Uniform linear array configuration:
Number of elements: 24
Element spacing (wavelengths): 1
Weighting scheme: uniform
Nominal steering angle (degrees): -60
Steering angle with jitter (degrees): -60.807
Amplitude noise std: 0.05
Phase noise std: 0.05

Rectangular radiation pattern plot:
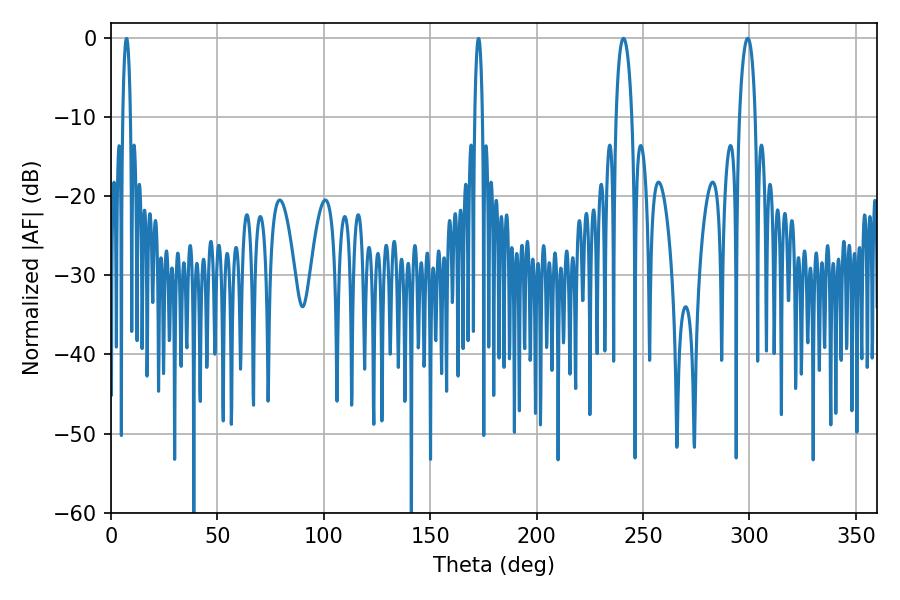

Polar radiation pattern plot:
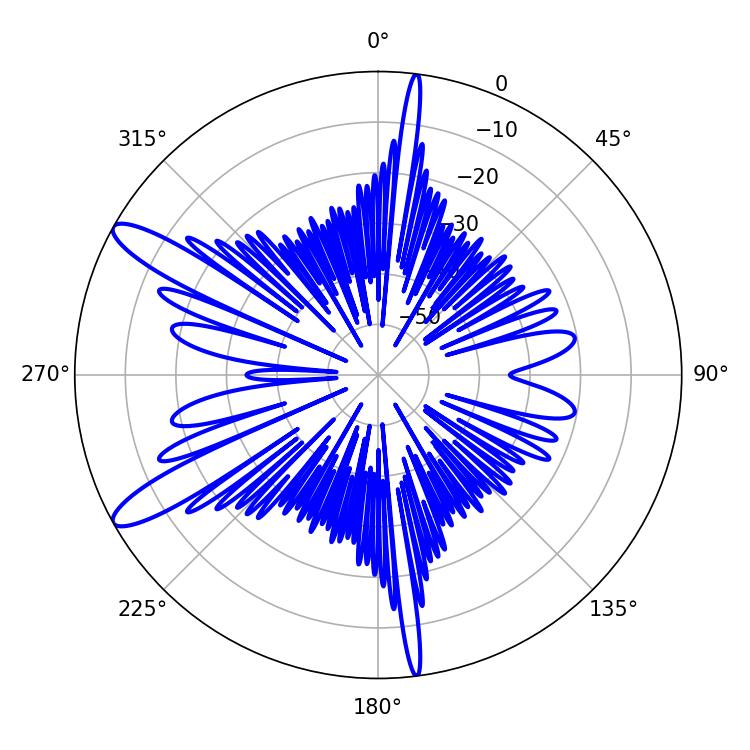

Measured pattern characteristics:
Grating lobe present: TRUE
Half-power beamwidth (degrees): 4.14
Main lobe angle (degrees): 240.84